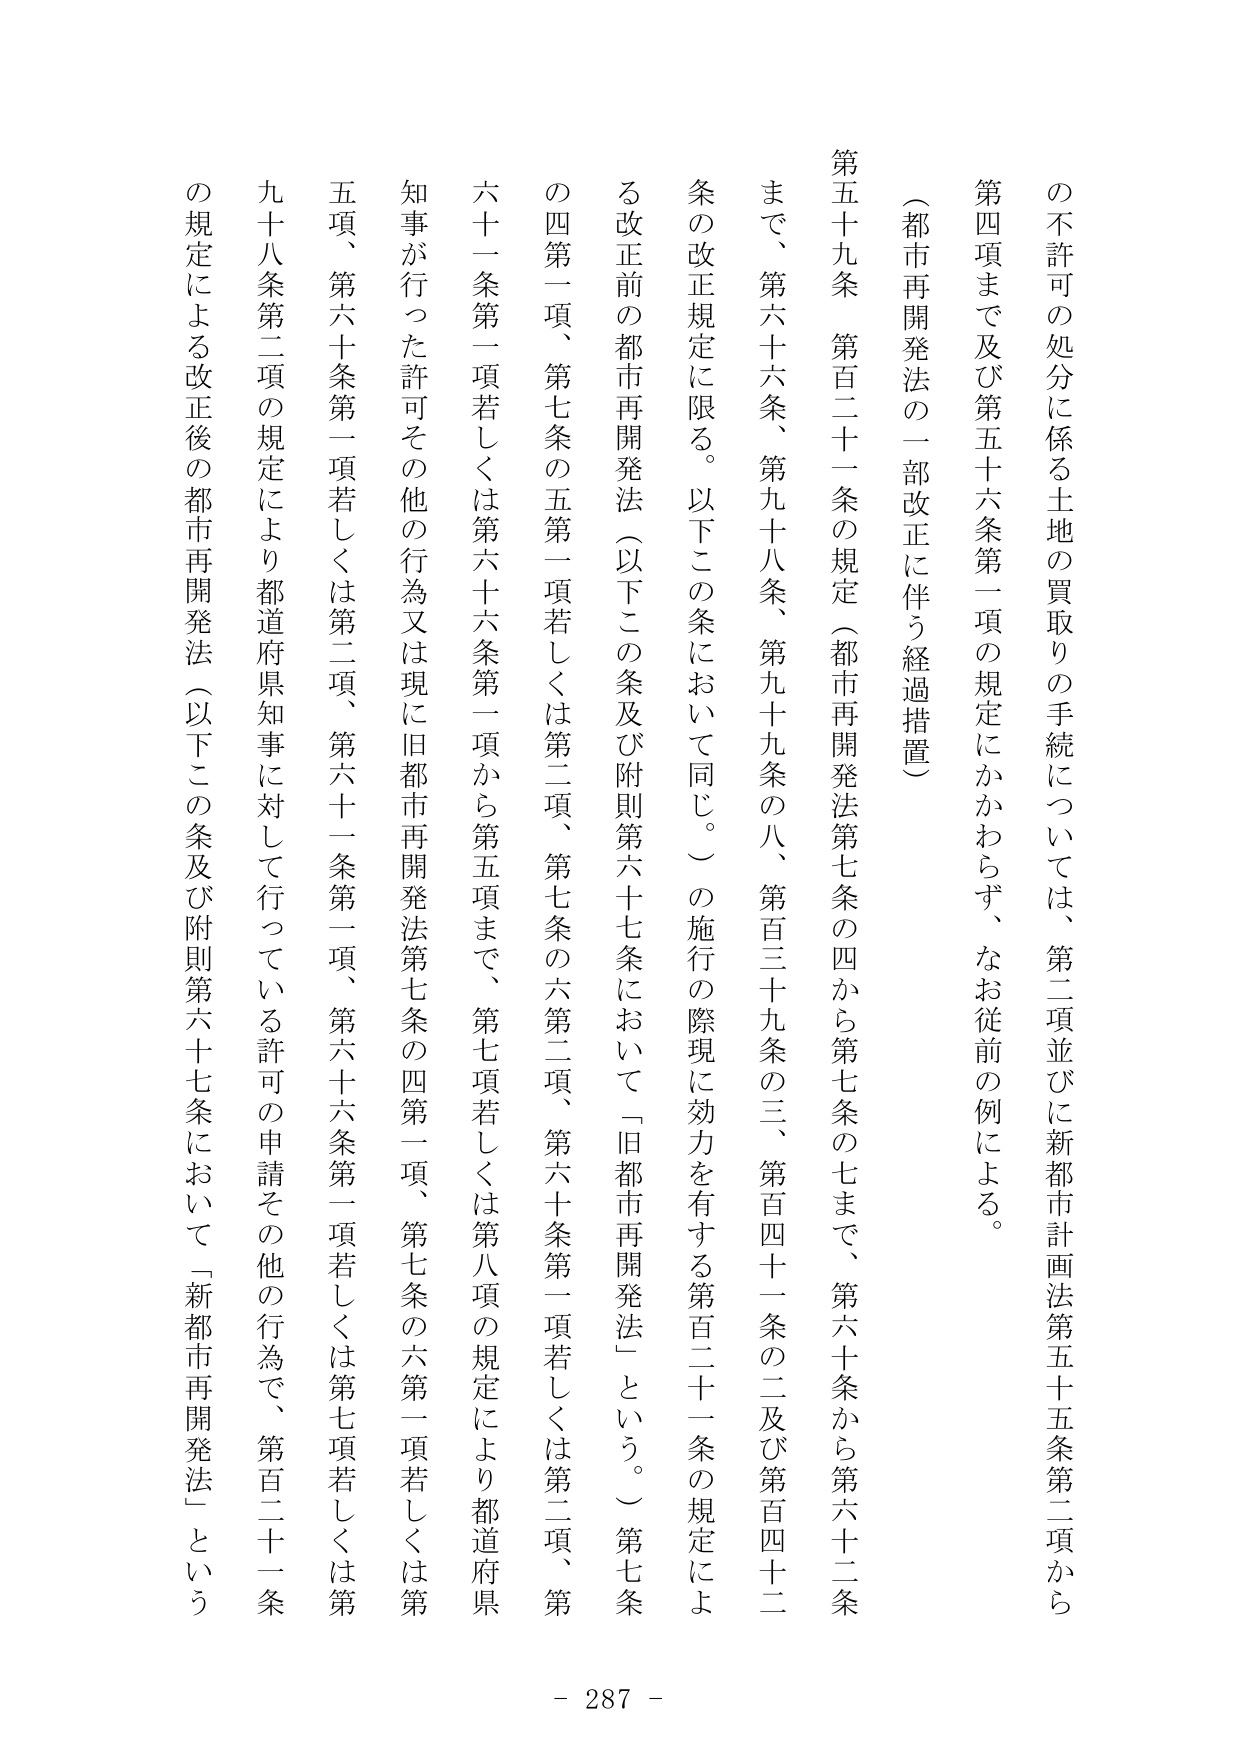
の不許可の処分に係る土地の買取りの手続については、第二項並びに新都市計画法第五十五条第二項から第四項まで及び第五十六条第一項の規定にかかわらず、なお従前の例による。

（都市再開発法の一部改正に伴う経過措置）

第五十九条　第百二十一条の規定（都市再開発法第七条の四から第七条の七まで、第六十条から第六十二条まで、第六十六条、第九十八条、第九十九条の八、第百三十九条の三、第百四十一条の二及び第百四十二条の改正規定に限る。以下この条において同じ。）の施行の際現に効力を有する第百二十一条の規定による改正前の都市再開発法（以下この条及び附則第六十七条において「旧都市再開発法」という。）第七条の四第一項、第七条の五第一項若しくは第二項、第七条の六第二項、第六十条第一項若しくは第二項、第六十一条第一項若しくは第六十六条第一項から第五項まで、第七項若しくは第八項の規定により都道府県知事が行った許可その他の行為又は現に旧都市再開発法第七条の四第一項、第七条の六第一項若しくは第五項、第六十条第一項若しくは第二項、第六十一条第一項、第六十六条第一項若しくは第七項若しくは第九十八条第二項の規定により都道府県知事に対して行っている許可の申請その他の行為で、第百二十一条の規定による改正後の都市再開発法（以下この条及び附則第六十七条において「新都市再開発法」という

- 287 -